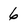
Character: 6